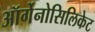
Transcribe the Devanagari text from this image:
ऑर्गेनोसिलिकेट